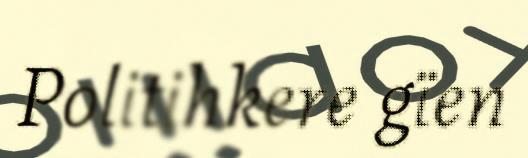
Politihkere gïen